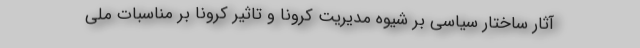
آثار ساختار سیاسی بر شیوه مدیریت کرونا و تاثیر کرونا بر مناسبات ملی